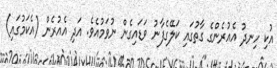
އުކި ހިނދު އެއުރެންގެ ގާތުގައި ކަލޭގެފާނު ވަޑައިގެން ނުވަމުއެވެ. އަދި އެއުރެން (އެކަމުގައި)